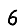
Digit: 6